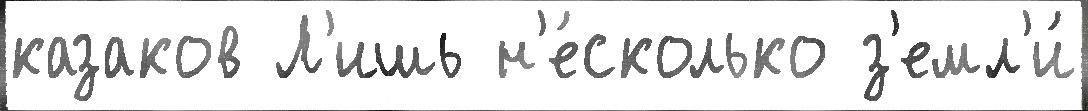
казаков Л'ишь н'е́сколько з'емл'и́